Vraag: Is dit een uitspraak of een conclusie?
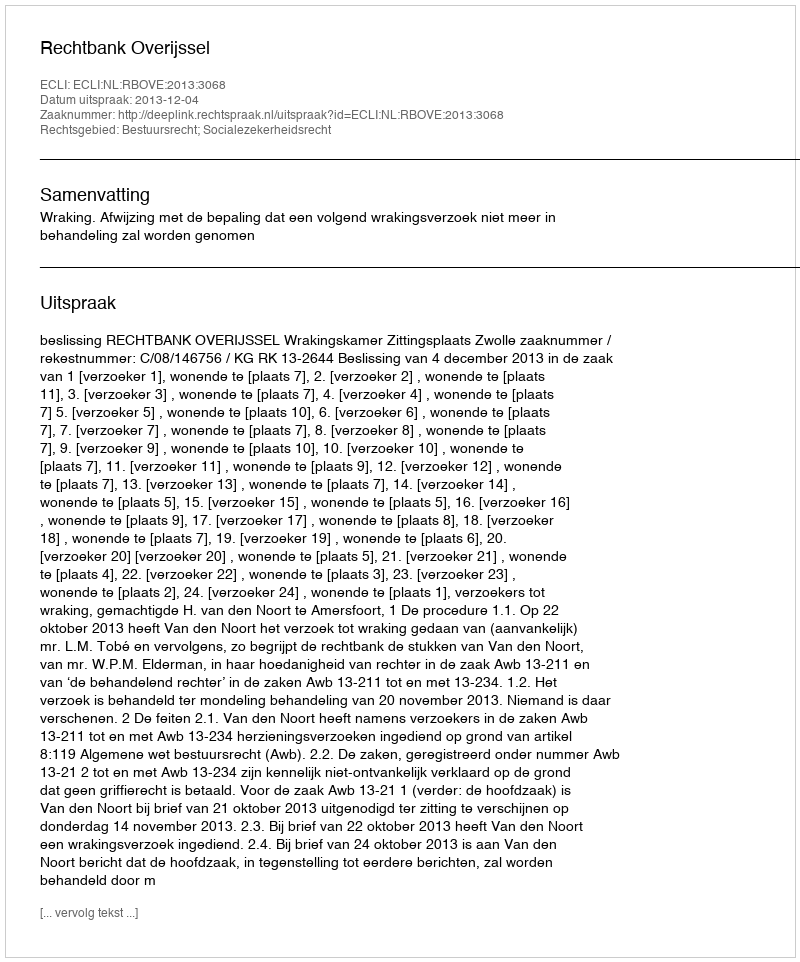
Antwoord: Uitspraak